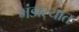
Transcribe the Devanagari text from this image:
भंडार्‍यात